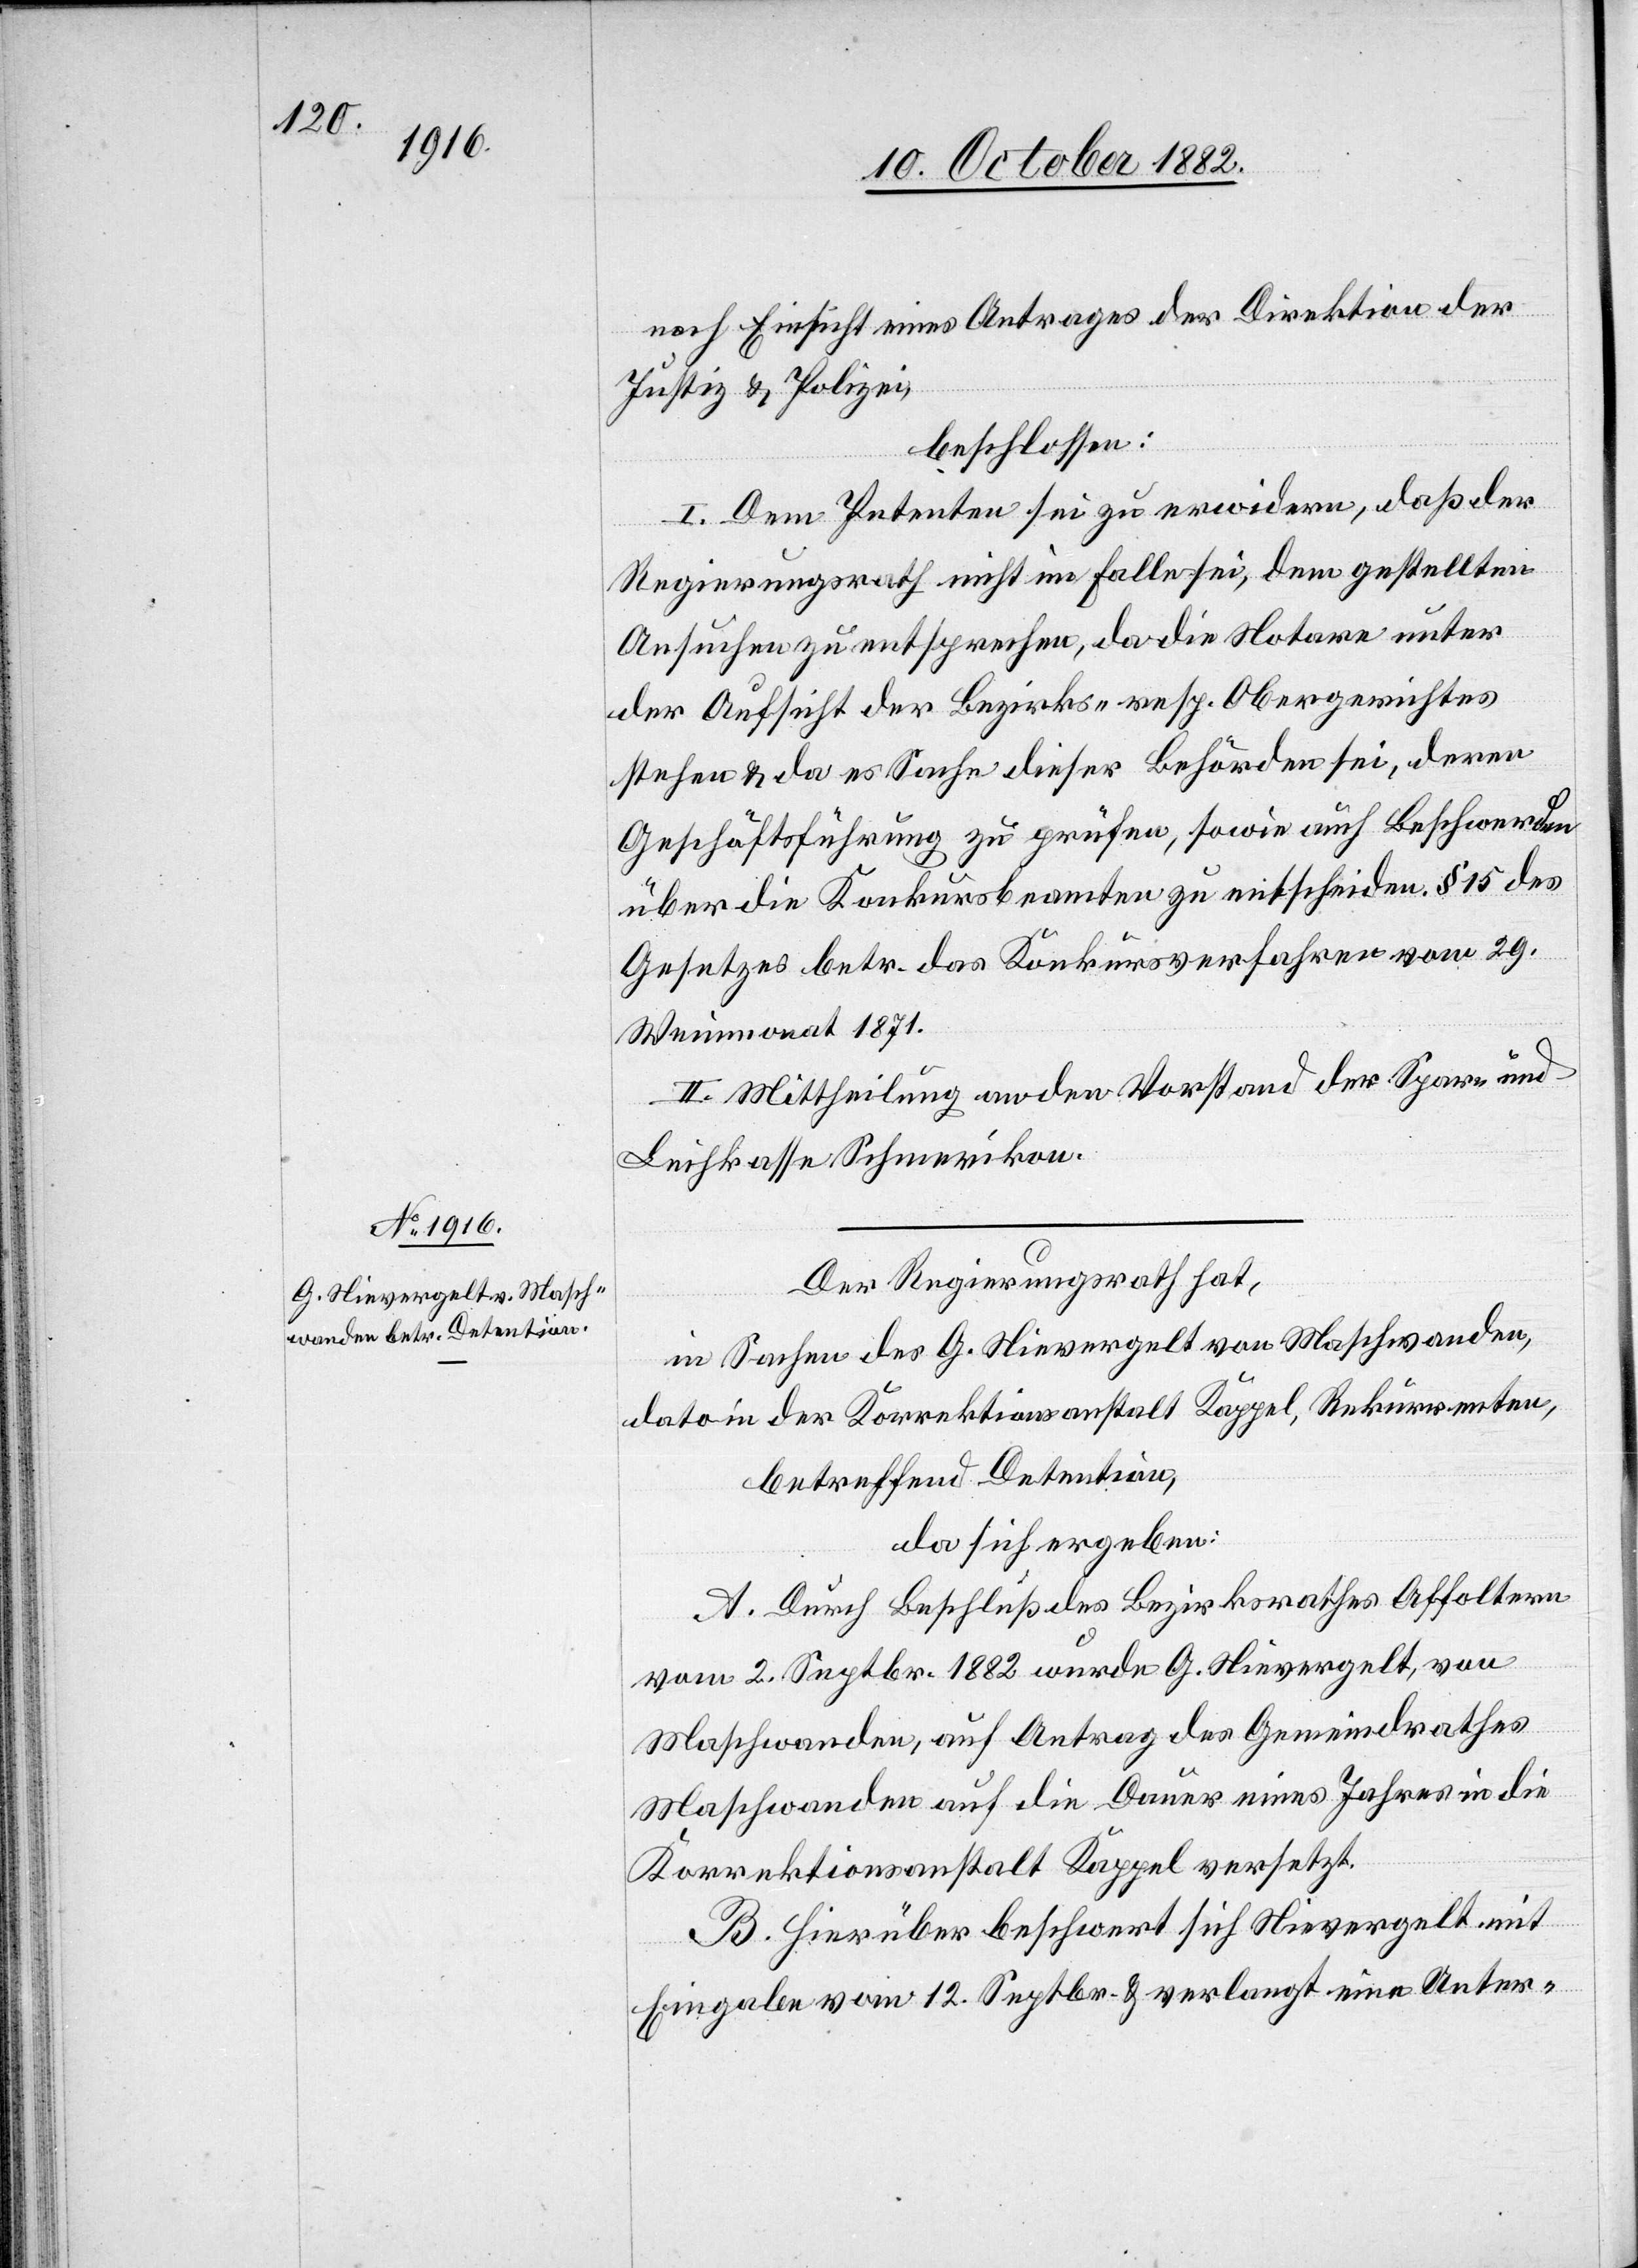
nach Einsicht eines Antrages der Direktion der
Justiz & Polizei,
beschlossen:
I. Dem Petenten sei zu erwiedern, daß der
Regierungsrath nicht im Falle sei, dem gestellten
Ansuchen zu entsprechen, da die Notare unter
stehen & da es Sache dieser Behörden sei, deren
Geschäftsführung zu prüfen, sowie auch Beschwerden
über die Konkursbeamten zu entscheiden. § 15 des
Gesetzes betr. das Konkursverfahren vom 29.
Weinmonat 1871.
II. Mittheilung an dem Vorstand der Spar- und
Leihkasse Schmerikon.
Der Regierungsrath hat,
in Sachen des G. Nievergelt von Maschwanden,
dato in der Korrektionsanstalt Kappel, Rekurrenten,
betreffend Detention,
da sich ergeben:
A. Durch Beschluß des Bezirksrathes Affoltern
vom 2. Septbr. 1882 wurde G. Nievergelt, von
Maschwanden, auf Antrag des Gemeindrathes
Maschwanden auf die Dauer eines Jahres in die
Korrektionsanstalt Kappel versetzt.
B. Hierüber beschwert sich Nievergelt mit
Eingabe vom 12. Septbr. & verlangt eine Unter-